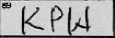
Transcription: KPW